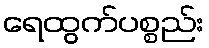
ရေထွက်ပစ္စည်း